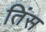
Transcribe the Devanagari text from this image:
तिंस